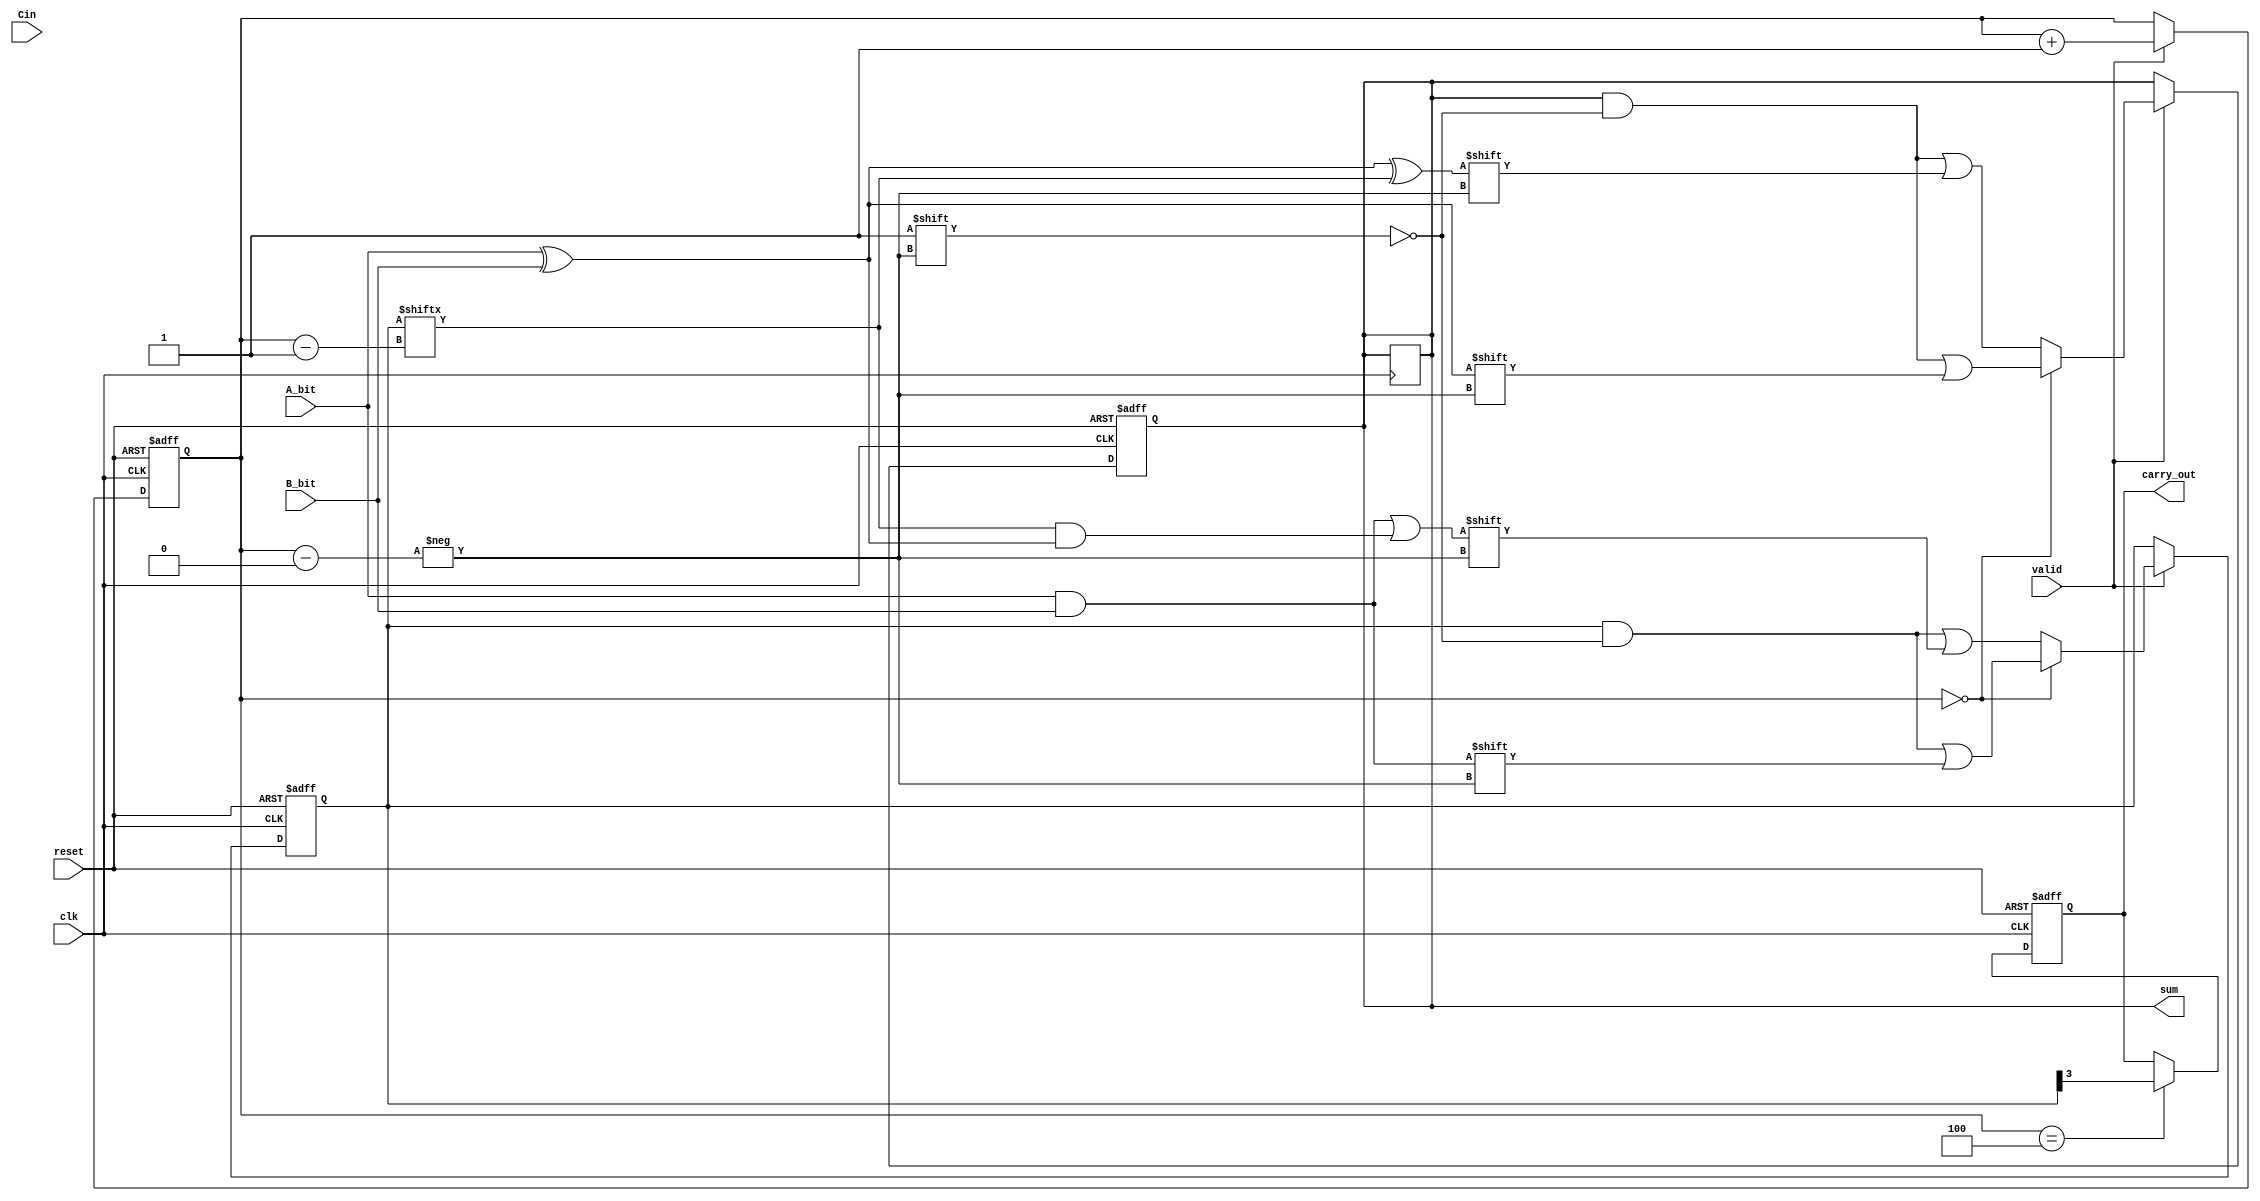
module CarrySaveAdder #(
    parameter WIDTH = 4 // Define the width of the operands
)(
    input wire clk,          // Clock signal
    input wire reset,        // Reset signal
    input wire valid,        // Signal indicating a new bit is available
    input wire A_bit,       // Serial input bit from operand A
    input wire B_bit,       // Serial input bit from operand B
    input wire Cin,         // Carry input
    output reg [WIDTH-1:0] sum, // Sum output
    output reg carry_out     // Carry output
);

    // Internal registers to hold the carry and sum
    reg [WIDTH-1:0] carry; // Carry register
    reg [2:0] count;       // Bit counter

    // Initialize registers
    initial begin
        sum = 0;
        carry = 0;
        count = 0;
    end

    // Sequential logic to process incoming bits
    always @(posedge clk or posedge reset) begin
        if (reset) begin
            sum <= 0;
            carry <= 0;
            count <= 0;
        end else if (valid) begin
            // Calculate sum and carry for the current bit
            if (count == 0) begin
                // Half adder for the first bit
                sum[count] <= A_bit ^ B_bit; // Sum
                carry[count] <= A_bit & B_bit; // Carry
            end else begin
                // Full adder for subsequent bits
                sum[count] <= A_bit ^ B_bit ^ carry[count-1]; // Sum
                carry[count] <= (A_bit & B_bit) | (carry[count-1] & (A_bit ^ B_bit)); // Carry
            end
            
            // Increment the counter
            count <= count + 1;
        end
    end

    // Final carry output logic
    always @(posedge clk or posedge reset) begin
        if (reset) begin
            carry_out <= 0;
        end else if (count == WIDTH) begin
            carry_out <= carry[WIDTH-1]; // Output the final carry after all bits processed
            sum <= sum; // Final sum is available here
        end
    end

endmodule